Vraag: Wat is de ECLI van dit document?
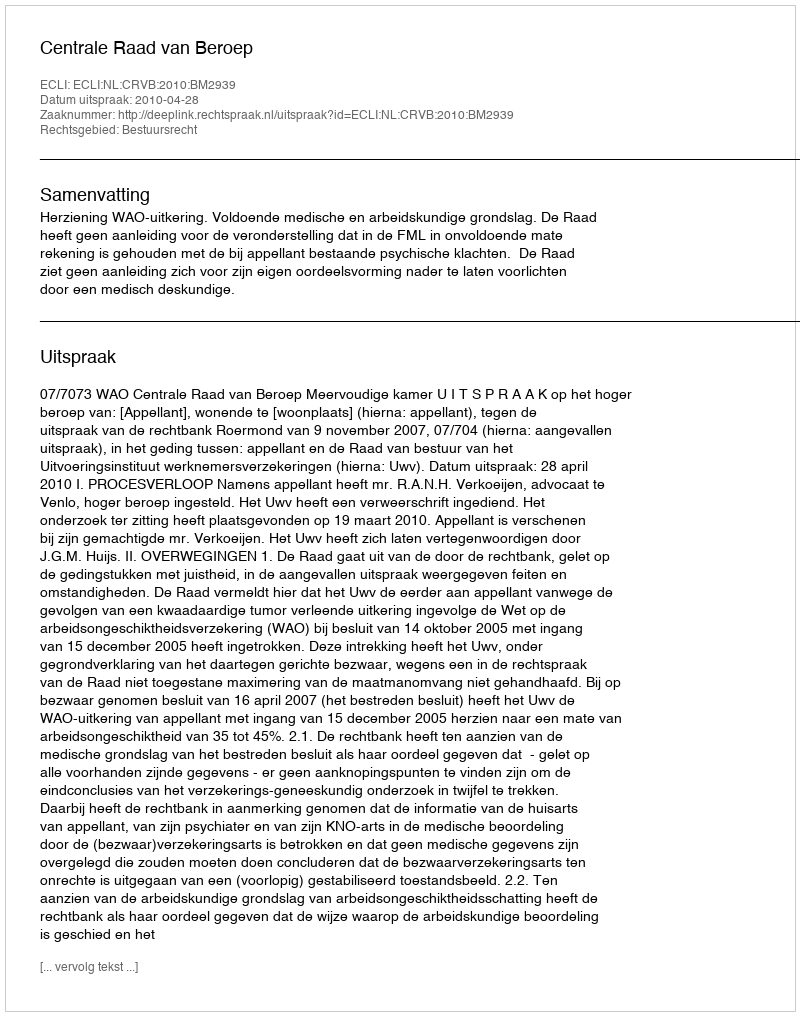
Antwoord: ECLI:NL:CRVB:2010:BM2939